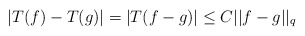
\begin{align*}|T(f)-T(g)| = |T(f-g)| \leq C ||f-g||_{q}\end{align*}